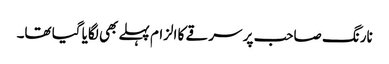
نارنگ صاحب پر سرقے کا الزام پہلے بھی لگایا گیا تھا۔